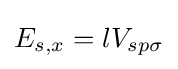
E_{s,x}=lV_{sp\sigma }